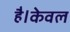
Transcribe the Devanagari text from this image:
है।केवल